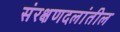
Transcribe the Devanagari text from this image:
संरक्षणदलांतील